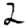
Digit: 2